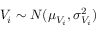
V _ { i } \sim N ( \mu _ { V _ { i } } , \sigma _ { V _ { i } } ^ { 2 } )